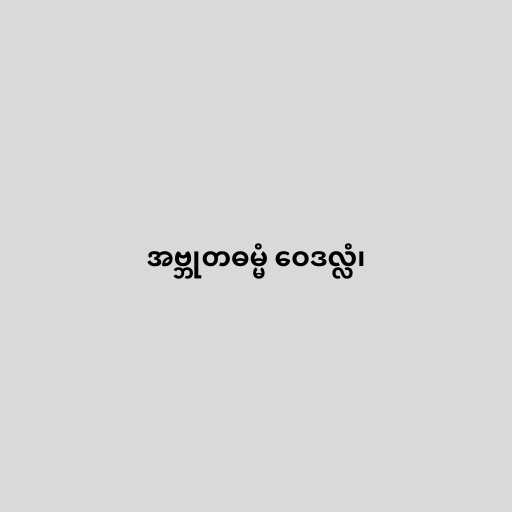
အဗ္ဘုတဓမ္မံ ဝေဒလ္လံ၊